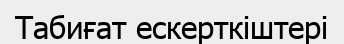
Табиғат ескерткіштері